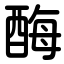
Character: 酶